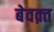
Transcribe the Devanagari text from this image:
बेवक़्त